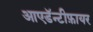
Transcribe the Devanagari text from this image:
आएडॅन्टीफ़ायर